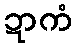
ဍာကံ